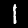
Label: 1